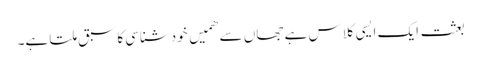
بعثت ایک ایسی کلاس ہے جھاں سے ھمیں خودشناسی کا سبق ملتا ہے۔